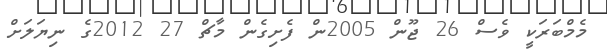
މެމްބަރަކީ ވެސް 26 ޖޫން 2005ން ފެށިގެން މާޗް 27 2012ގެ ނިޔަލަށް